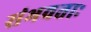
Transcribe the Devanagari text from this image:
संभवताः